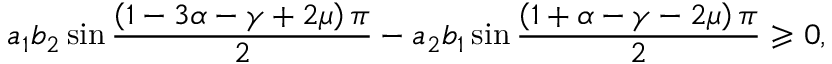
a _ { 1 } b _ { 2 } \sin \frac { \left( 1 - 3 \alpha - \gamma + 2 \mu \right) \pi } { 2 } - a _ { 2 } b _ { 1 } \sin \frac { \left( 1 + \alpha - \gamma - 2 \mu \right) \pi } { 2 } \geqslant 0 ,